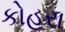
કોહરા